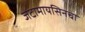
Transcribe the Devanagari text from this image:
जेंटामायसिनचा